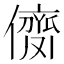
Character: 𠎗